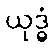
ယုဒ္ဓံ